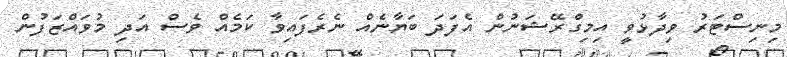
މިނިސްޓަރު ވިދާޅުވީ އިމިގްރޭޝަނުން އެފަދަ ބަޔާނެއް ނެރެފައިވާ ކަމެއް ވެސް އަދި މުވައްޒަފުން